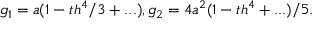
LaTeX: g _ { 1 } = a ( 1 - t h ^ { 4 } / 3 + . . . ) , g _ { 2 } = 4 a ^ { 2 } ( 1 - t h ^ { 4 } + . . . ) / 5 .